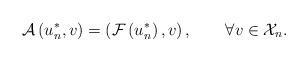
LaTeX: \begin{align*}\mathcal{A}\left( u_{n}^{\ast},v\right) =\left( \mathcal{F}\left(u_{n}^{\ast}\right) ,v\right) ,\quad\quad\forall v\in\mathcal{X}_{n}.\end{align*}